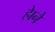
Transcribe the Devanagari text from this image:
हेाने